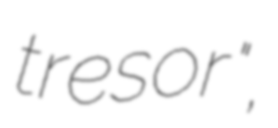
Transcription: tresor",